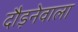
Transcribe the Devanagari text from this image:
दौड़नेवाला